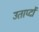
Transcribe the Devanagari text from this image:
उताप्दों